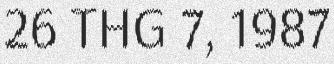
26 THG 7, 1987